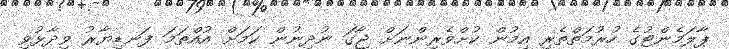
ޕާލަމެންޓުގެ ހުރުމަތްތެރި އިމުން ކުށްވެރިންނަށް ޖާގަ ނުދިނުން ކަމަށް އުއްތަމަ ފަނޑިޔާރު ވިދާޅުވި